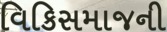
વિકિસમાજની